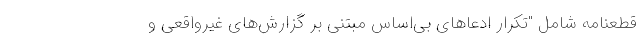
قطعنامه شامل "تکرار ادعاهای بی‌اساس مبتنی بر گزارش‌های غیرواقعی و